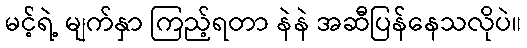
မင့်ရဲ့ မျက်နှာ ကြည့်ရတာ နဲနဲ အဆီပြန်နေသလိုပဲ။